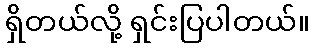
ရှိတယ်လို့ ရှင်းပြပါတယ်။